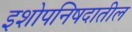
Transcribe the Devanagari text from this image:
इशोपनिषदातील